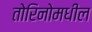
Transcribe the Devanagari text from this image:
तोरिनोमधील